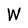
Character: W